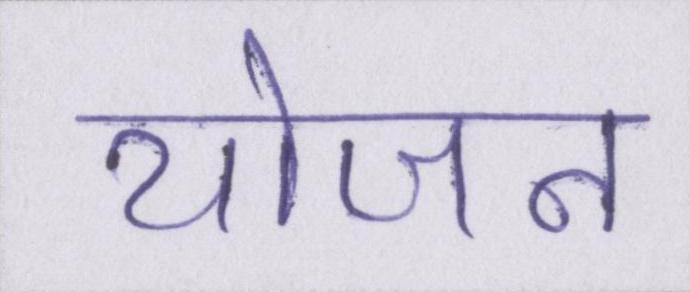
योजन